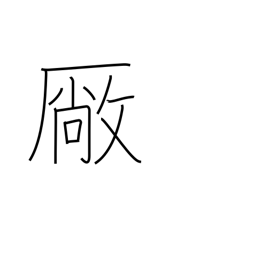
Meaning: workshop